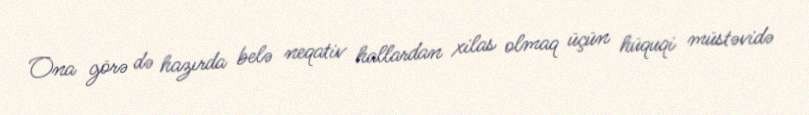
Ona görə də hazırda belə neqativ hallardan xilas olmaq üçün hüquqi müstəvidə